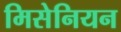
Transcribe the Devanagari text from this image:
मिसेनियन